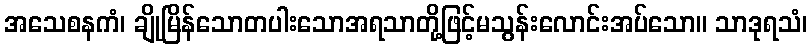
အသေစနကံ၊ ချိုမြိန်သောတပါးသောအရသာတို့ဖြင့်မသွန်းလောင်းအပ်သော။ သာဒုရသံ၊